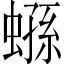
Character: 𧎤